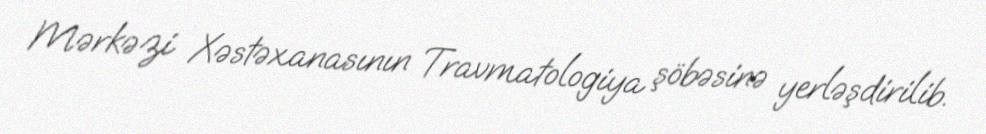
Mərkəzi Xəstəxanasının Travmatologiya şöbəsinə yerləşdirilib.